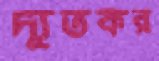
দ্যূতকর